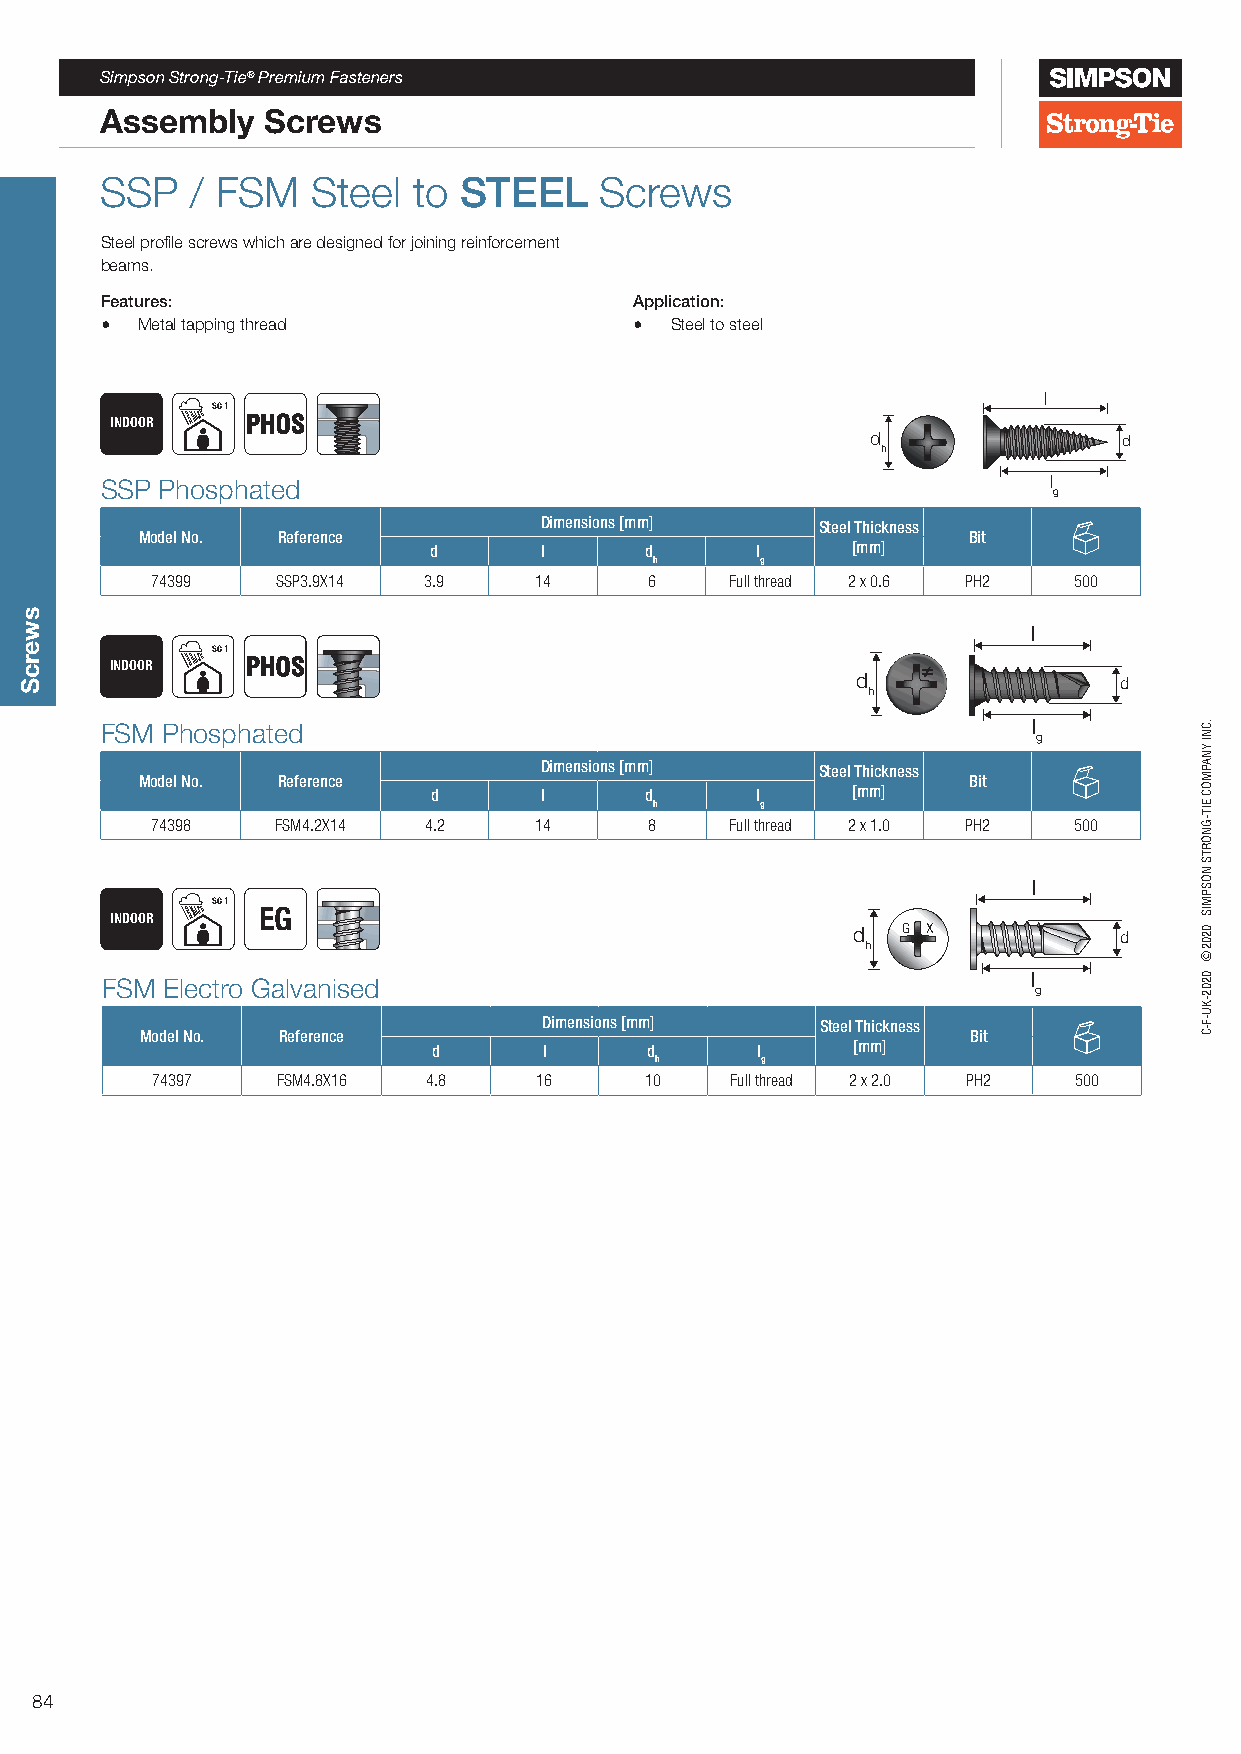
Simpson Strong-Tie® Premium Fasteners
 Assembly  Screws
 SSP   / FSM   Steel to STEEL     Screws
 Steel profile screws which are designed for joining reinforcement
 beams.
 Features:                          Application:
 • Metal tapping thread             • Steel to steel
 l
 SC 1
 INDOOR   PHOS
 d               d
 h
 SSP Phosphated                                                l
 g
 Dimensions [mm]   Steel Thickness
 Model No. Reference                                    Bit
 d       l      d      l     [mm]
 h      g
 74399   SSP3.9X14 3.9    14      6    Full thread 2 x 0.6 PH2 500
 l
 SC 1
 INDOOR   PHOS
 d                d
 h
 FSM Phosphated                                               l
 g
 Dimensions [mm]   Steel Thickness
 Model No. Reference                                    Bit
 d       l      d      l     [mm]
 h      g
 74398   FSM4.2X14 4.2    14      8    Full thread 2 x 1.0 PH2 500
 l
 SC 1
 EG
 INDOOR
 d   G X           d
 h
 l
 FSM Electro Galvanised
 g
 Dimensions [mm]   Steel Thickness
 Model No. Reference                                    Bit
 d      l      d      l     [mm]
 h      g
 74397   FSM4.8X16 4.8    16      10   Full thread 2 x 2.0 PH2 500
 84
 swercS
 .CNI
 YNAPMOC
 EIT-GNORTS
 NOSPMIS
 0202©
 0202-KU-F-C